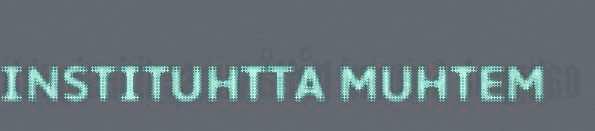
INSTITUHTTA MUHTEM